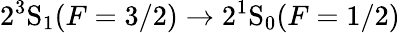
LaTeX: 2^{3}\mathrm{S}_{1}(F=3/2)\rightarrow 2^{1}\mathrm{S}_{0}(F=1/2)